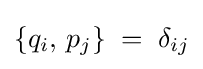
\{q_{i},\,p_{j}\}\;=\;\delta _{ij}